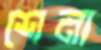
শেনা